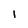
Character: 1